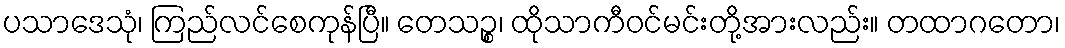
ပသာဒေသုံ၊ ကြည်လင်စေကုန်ပြီ။ တေသဉ္စ၊ ထိုသာကီဝင်မင်းတို့အားလည်း။ တထာဂတော၊